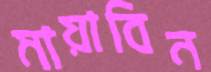
মায়াবিন